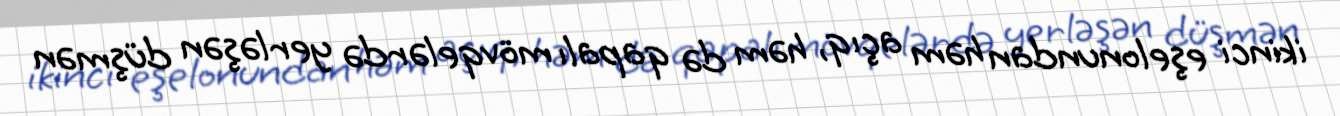
ikinci eşelonundan həm açıq, həm də qapalı mövqelərdə yerləşən düşmən